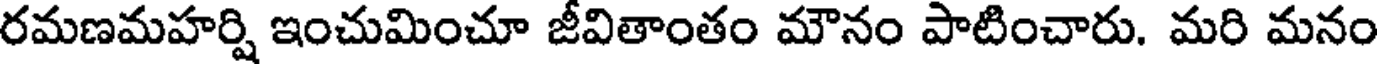
రమణమహర్షి ఇంచుమించూ జీవితాంతం మౌనం పాటించారు. మరి మనం